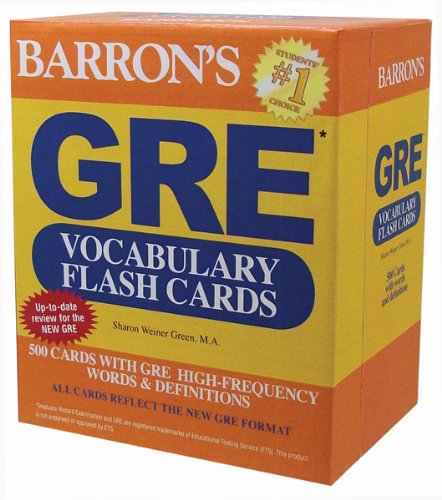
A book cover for Barron's GRE Vocabulary Flash Cards; Sharon Weiner Green M.A.; Test Preparation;